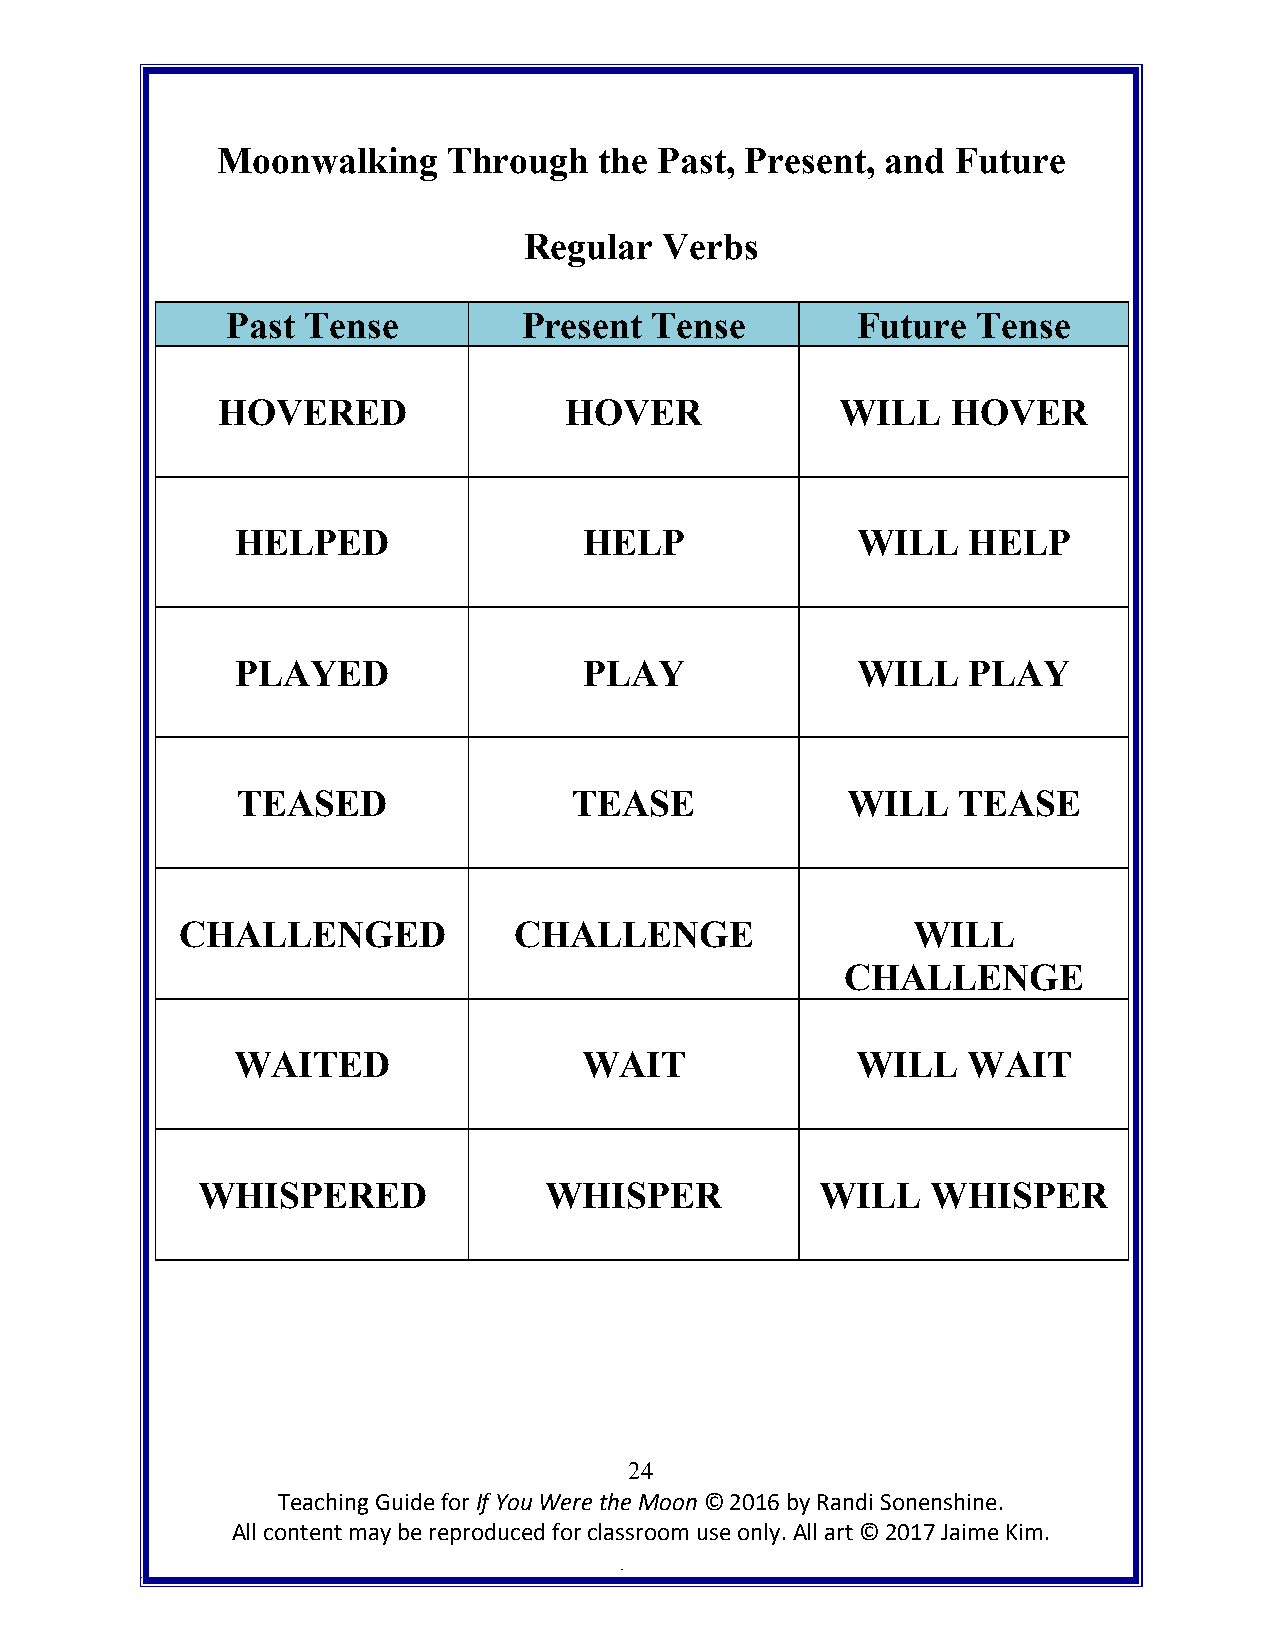
Moonwalking     Through   the Past, Present, and Future
 Regular  Verbs
 Past Tense          Present Tense         Future  Tense
 HOVERED                HOVER              WILL   HOVER
 HELPED                 HELP              WILL   HELP
 PLAYED                 PLAY              WILL   PLAY
 TEASED                TEASE             WILL   TEASE
 CHALLENGED            CHALLENGE                 WILL
 CHALLENGE
 WAITED                 WAIT              WILL   WAIT
 WHISPERED              WHISPER           WILL    WHISPER
 24
 Teaching Guide for If You Were the Moon © 2016 by Randi Sonenshine.
 All content may be reproduced for classroom use only. All art © 2017 Jaime Kim.
 .